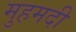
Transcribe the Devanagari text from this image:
मुहमदी